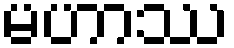
မဟာဿ